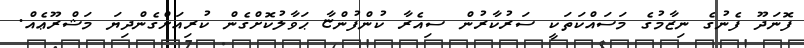
ފޮނަދޫ ފެނުގެ ނިޒާމުގެ މަސައްކަތަކީ ސަރުކާރުން ސިއެރާ ކުންފުންޏާ ޙަވާލުކޮށްގެން ކުރިއަށްގެންދިޔަ މަޝްރޫޢެއް.